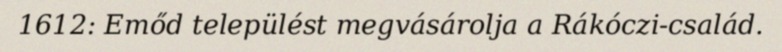
1612: Emőd települést megvásárolja a Rákóczi-család.